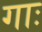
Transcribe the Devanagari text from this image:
गाः